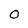
Character: 0